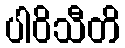
ပါဝိသီတိ